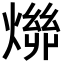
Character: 𬋄